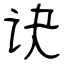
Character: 诀